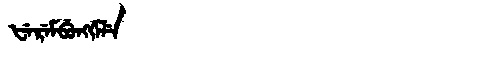
Manchu: ᡶᡝᡵᡝᠮᠪᡠᠩᡤᡝᠯᡝ
Romanization: FEREMBUNGGELE